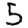
Digit: 5